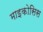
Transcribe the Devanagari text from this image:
माइकोसिस